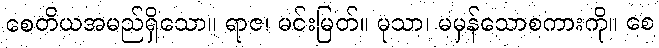
စေတိယအမည်ရှိသော။ ရာဇ၊ မင်းမြတ်။ မုသာ၊ မမှန်သောစကားကို။ စေ